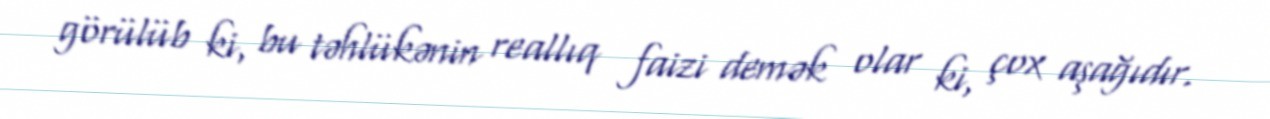
görülüb ki, bu təhlükənin reallıq faizi demək olar ki, çox aşağıdır.